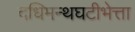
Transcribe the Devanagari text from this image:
दधिमन्थघटीभेत्ता